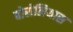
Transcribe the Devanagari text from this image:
बोरोलियास